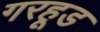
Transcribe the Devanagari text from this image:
गरहूड